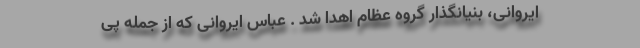
ایروانی، بنیانگذار گروه عظام اهدا شد . عباس ایروانی که از جمله پی